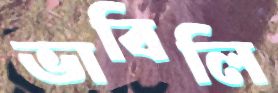
ভাবিলি